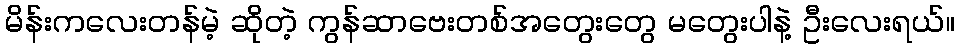
မိန်းကလေးတန်မဲ့ ဆိုတဲ့ ကွန်ဆာဗေးတစ်အတွေးတွေ မတွေးပါနဲ့ ဦးလေးရယ်။